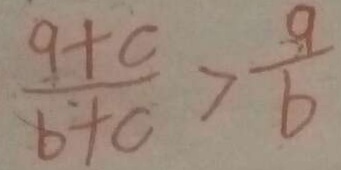
\frac { 9 + c } { b + c } > \frac { 9 } { b }